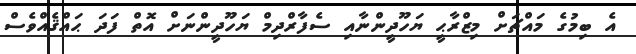
އެ ބިމުގެ މައްޗަށް މިޒްރާޙީ ޔަހޫދީންނާއި ސެފާރްދިމް ޔަހޫދީންނަށް އޮތް ފަދަ ޙައްޤެއްވެސް